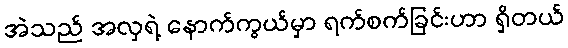
အဲသည် အလှရဲ့ နောက်ကွယ်မှာ ရက်စက်ခြင်းဟာ ရှိတယ်